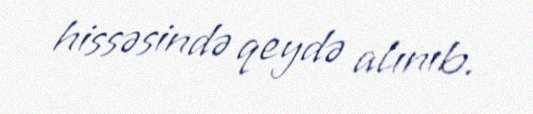
hissəsində qeydə alınıb.